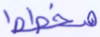
مخطط